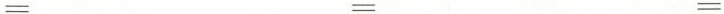
= = =